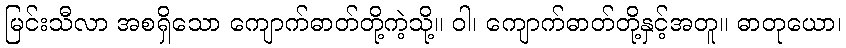
မြင်းသီလာ အစရှိသော ကျောက်ဓာတ်တို့ကဲ့သို့။ ဝါ၊ ကျောက်ဓာတ်တို့နှင့်အတူ။ ဓာတုယော၊